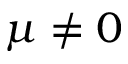
\mu \neq 0